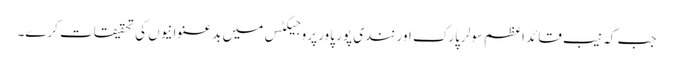
جب کہ نیب قائد اعظم سولر پارک اور نندی پور پاور پروجیکٹس میں بدعنوانیوں کی تحقیقات کرے۔